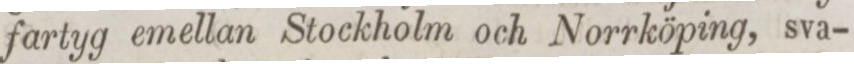
fartyg emellan Stockholm och Norrköping, sva-